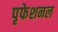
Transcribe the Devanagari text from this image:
पृफेशनल